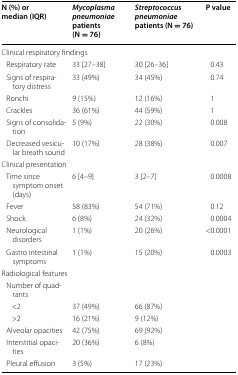
<table><thead><tr><td><b>N (%) or median (IQR)</b></td><td><b><i>Mycoplasma pneumoniae</i> patients (N = 76)</b></td><td><b><i>Streptococcus pneumoniae</i> patients (N = 76)</b></td><td><b>P value</b></td></tr></thead><tbody><tr><td colspan="4">Clinical respiratory findings</td></tr><tr><td> Respiratory rate</td><td>33 [27–38]</td><td>30 [26–36]</td><td>0.43</td></tr><tr><td> Signs of respiratory distress</td><td>33 (49%)</td><td>34 (45%)</td><td>0.74</td></tr><tr><td> Ronchi</td><td>9 (15%)</td><td>12 (16%)</td><td>1</td></tr><tr><td> Crackles</td><td>36 (61%)</td><td>44 (59%)</td><td>1</td></tr><tr><td> Signs of consolidation</td><td>5 (9%)</td><td>22 (30%)</td><td>0.008</td></tr><tr><td> Decreased vesicular breath sound</td><td>10 (17%)</td><td>28 (38%)</td><td>0.007</td></tr><tr><td colspan="4">Clinical presentation</td></tr><tr><td> Time since symptom onset (days)</td><td>6 [4–9]</td><td>3 [2–7]</td><td>0.0008</td></tr><tr><td> Fever</td><td>58 (83%)</td><td>54 (71%)</td><td>0.12</td></tr><tr><td> Shock</td><td>6 (8%)</td><td>24 (32%)</td><td>0.0004</td></tr><tr><td> Neurological disorders</td><td>1 (1%)</td><td>20 (26%)</td><td>&lt;0.0001</td></tr><tr><td> Gastro intestinal symptoms</td><td>1 (1%)</td><td>15 (20%)</td><td>0.0003</td></tr><tr><td colspan="4">Radiological features</td></tr><tr><td> Number of quadrants</td><td></td><td></td><td></td></tr><tr><td>&lt;2</td><td>37 (49%)</td><td>66 (87%)</td><td></td></tr><tr><td>&gt;2</td><td>16 (21%)</td><td>9 (12%)</td><td></td></tr><tr><td> Alveolar opacities</td><td>42 (75%)</td><td>69 (92%)</td><td></td></tr><tr><td> Interstitial opacities</td><td>20 (36%)</td><td>6 (8%)</td><td></td></tr><tr><td> Pleural effusion</td><td>3 (5%)</td><td>17 (23%)</td><td></td></tr></tbody></table>